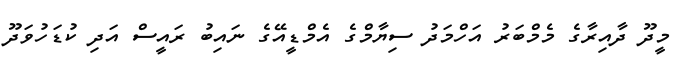
މީދޫ ދާއިރާގެ މެމްބަރު އަހްމަދު ސިޔާމްގެ އެމްޑީއޭގެ ނައިބު ރައީސް އަދި ކުޑަހުވަދޫ